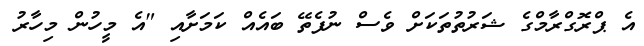
އެ ޕްރޮގްރާމްގެ ޝަރުތުތަކަށް ވެސް ނުފެތޭ ބައެއް ކަމަށާއި "އެ މީހުން މިހާރު